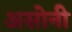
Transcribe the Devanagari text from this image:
असोनी